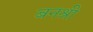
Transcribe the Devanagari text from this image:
बनश्री